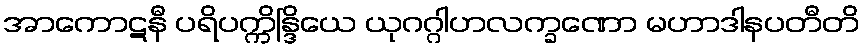
အာကောဋနီ ပရိပက္ကိန္ဒြိယေ ယုဂဂ္ဂါဟလက္ခဏော မဟာဒါနပတီတိ